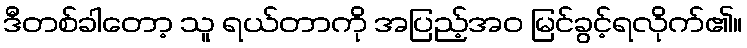
ဒီတစ်ခါတော့ သူ ရယ်တာကို အပြည့်အဝ မြင်ခွင့်ရလိုက်၏။